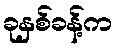
ခုနှစ်ခန့်က